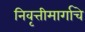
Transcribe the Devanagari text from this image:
निवृत्तीमार्गाचे